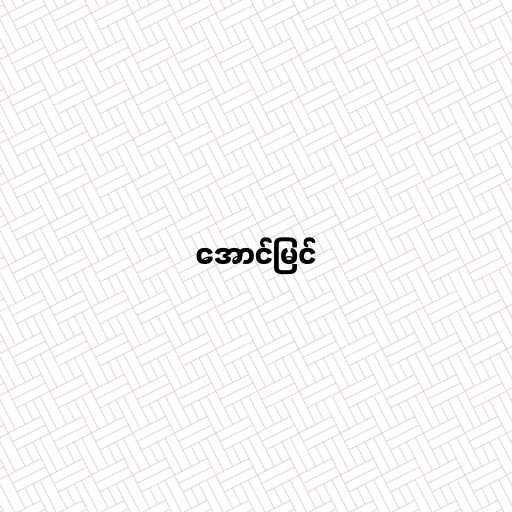
အောင်မြင်